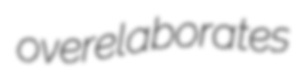
overelaborates